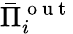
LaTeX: \bar{\Pi}_{i}^{\mathrm{~o~u~t~}}